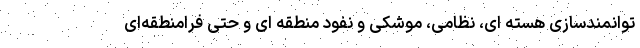
توانمندسازی هسته ای‌، نظامی‌، موشکی و نفود منطقه ای و حتی فرامنطقه‌ای